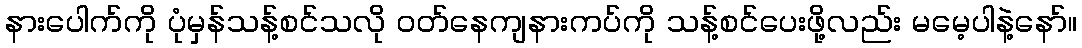
နားပေါက်ကို ပုံမှန်သန့်စင်သလို ဝတ်နေကျနားကပ်ကို သန့်စင်ပေးဖို့လည်း မမေ့ပါနဲ့နော်။